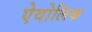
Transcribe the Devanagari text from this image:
ऐवोलिक